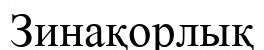
Зинақорлық